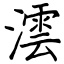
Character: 澐